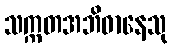
သက္ကတအဘိဓာနေသု